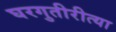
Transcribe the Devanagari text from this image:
घरगुतीरीत्या